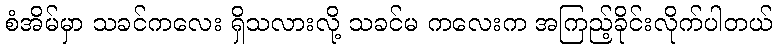
စံအိမ်မှာ သခင်ကလေး ရှိသလားလို့ သခင်မ ကလေးက အကြည့်ခိုင်းလိုက်ပါတယ်